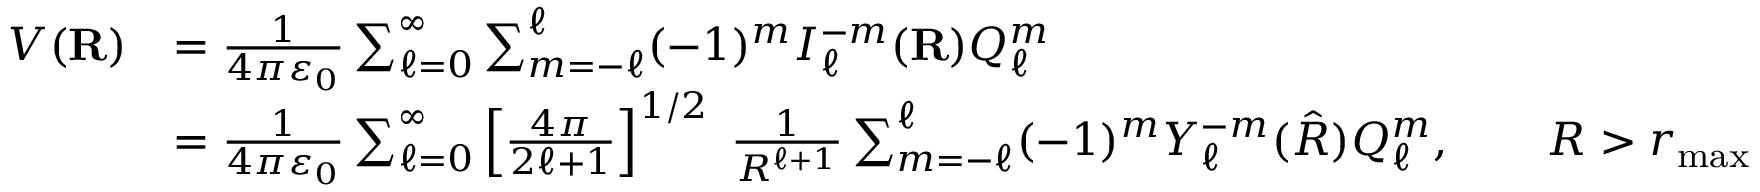
{ \begin{array} { r l } { V ( \mathbf { R } ) } & { = { \frac { 1 } { 4 \pi \varepsilon _ { 0 } } } \sum _ { \ell = 0 } ^ { \infty } \sum _ { m = - \ell } ^ { \ell } ( - 1 ) ^ { m } I _ { \ell } ^ { - m } ( \mathbf { R } ) Q _ { \ell } ^ { m } } \\ & { = { \frac { 1 } { 4 \pi \varepsilon _ { 0 } } } \sum _ { \ell = 0 } ^ { \infty } \left[ { \frac { 4 \pi } { 2 \ell + 1 } } \right] ^ { 1 / 2 } \; { \frac { 1 } { R ^ { \ell + 1 } } } \sum _ { m = - \ell } ^ { \ell } ( - 1 ) ^ { m } Y _ { \ell } ^ { - m } ( { \hat { R } } ) Q _ { \ell } ^ { m } , \qquad R > r _ { \mathrm { m a x } } } \end{array} }